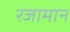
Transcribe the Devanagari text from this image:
रजामान